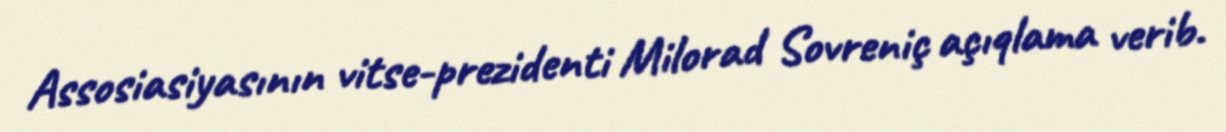
Assosiasiyasının vitse-prezidenti Milorad Sovreniç açıqlama verib.